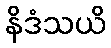
နိဒံသယိ